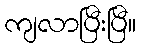
ကျလာပြီးပြီ။